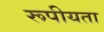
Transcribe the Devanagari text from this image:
रूपीयता